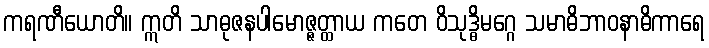
ကရဏီယောတိ။ ဣတိ သာဓုဇနပါမောဇ္ဇတ္ထာယ ကတေ ဝိသုဒ္ဓိမဂ္ဂေ သမာဓိဘာဝနာဓိကာရေ